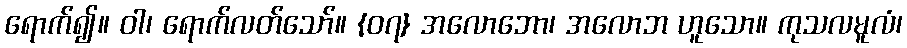
ရောက်၍။ ဝါ၊ ရောက်လတ်သော်။ {၀၇} အလောဘော၊ အလောဘ ဟူသော။ ကုသလမူလံ၊